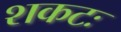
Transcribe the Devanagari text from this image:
शकटः